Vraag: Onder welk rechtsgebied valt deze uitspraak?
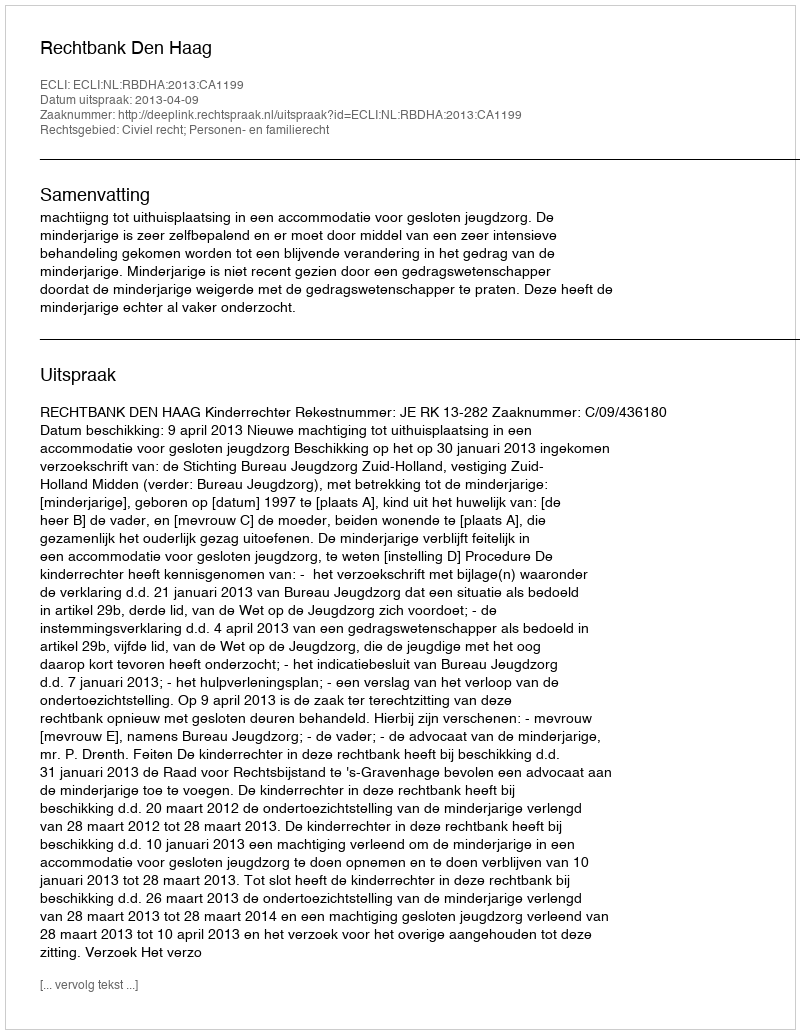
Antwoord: Civiel recht; Personen- en familierecht